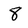
Character: 8